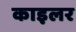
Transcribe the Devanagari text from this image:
काइलर